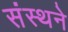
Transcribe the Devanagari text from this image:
संस्थने